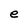
Character: e